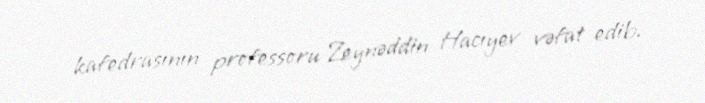
kafedrasının professoru Zeynəddin Hacıyev vəfat edib.